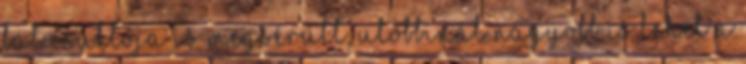
bal csuklója is megsérült, utóbbinál nagyobb is lehet a